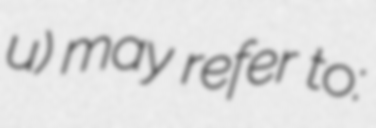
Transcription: u) may refer to: